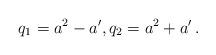
LaTeX: \begin{align*}q_1=a^2-a', q_2=a^2+a'\,.\end{align*}